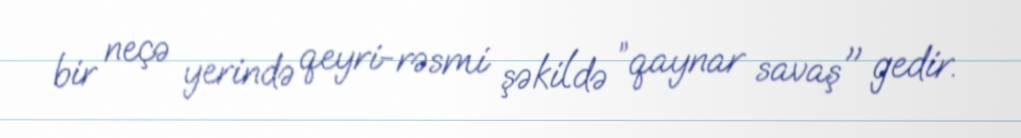
bir neçə yerində qeyri-rəsmi şəkildə ”qaynar savaş" gedir.